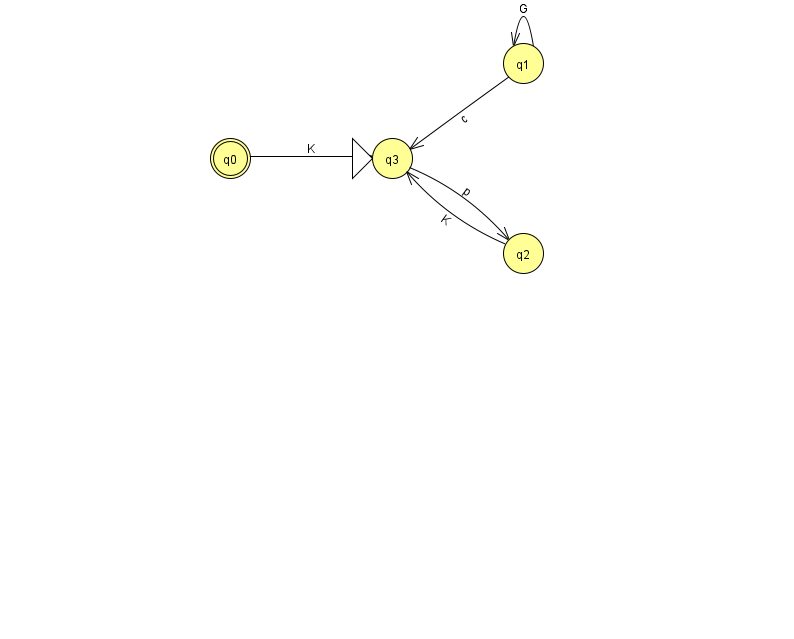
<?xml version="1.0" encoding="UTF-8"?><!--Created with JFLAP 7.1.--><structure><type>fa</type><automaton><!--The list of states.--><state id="0" name="q0"><x>230.0</x><y>145.0</y><final/></state><state id="1" name="q1"><x>523.0</x><y>50.0</y></state><state id="2" name="q2"><x>523.0</x><y>240.0</y></state><state id="3" name="q3"><x>392.0</x><y>145.0</y><initial/></state><!--The list of transitions.--><transition><from>3</from><to>2</to><read>p</read></transition><transition><from>1</from><to>1</to><read>G</read></transition><transition><from>0</from><to>3</to><read>K</read></transition><transition><from>2</from><to>3</to><read>K</read></transition><transition><from>1</from><to>3</to><read>c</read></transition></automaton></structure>